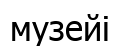
музейі